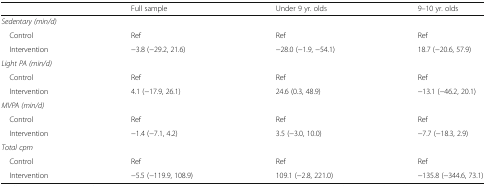
|  | Full sample | Under 9 yr. olds | 9–10 yr. olds |
 | --- | --- | --- | --- |
 | <COLSPAN=4> Sedentary (min/d) |
 | Control | Ref | Ref | Ref |
 | Intervention | −3.8 (−29.2, 21.6) | −28.0 (−1.9, −54.1) | 18.7 (−20.6, 57.9) |
 | <COLSPAN=4> Light PA (min/d) |
 | Control | Ref | Ref | Ref |
 | Intervention | 4.1 (−17.9, 26.1) | 24.6 (0.3, 48.9) | −13.1 (−46.2, 20.1) |
 | <COLSPAN=4> MVPA (min/d) |
 | Control | Ref | Ref | Ref |
 | Intervention | −1.4 (−7.1, 4.2) | 3.5 (−3.0, 10.0) | −7.7 (−18.3, 2.9) |
 | <COLSPAN=4> Total cpm |
 | Control | Ref | Ref | Ref |
 | Intervention | −5.5 (−119.9, 108.9) | 109.1 (−2.8, 221.0) | −135.8 (−344.6, 73.1) |